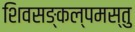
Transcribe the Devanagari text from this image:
शिवसङ्कल्पमस्तु